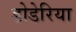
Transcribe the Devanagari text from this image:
डोडेरिया